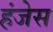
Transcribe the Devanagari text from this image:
हंजेस